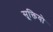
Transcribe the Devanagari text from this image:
सूक्तियो